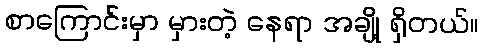
စာကြောင်းမှာ မှားတဲ့ နေရာ အချို့ ရှိတယ်။